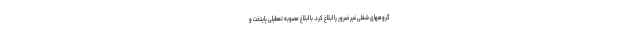
گروههای شغلی غیر ضرور را ابلاغ کرد. با ابلاغ مصوبه تعطیلی پایتخت و